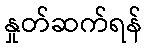
နှုတ်ဆက်ရန်